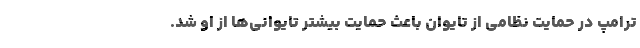
ترامپ در حمایت نظامی از تایوان باعث حمایت بیشتر تایوانی‌ها از او شد.